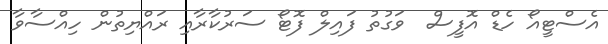
އެސްޓީއޯ ހެޑް އޮފީސް  ވަގުތު ފައިލް ފޮޓޯ ސަރުކާރާއި ރައްޔިތުން ހިއްސާވާ